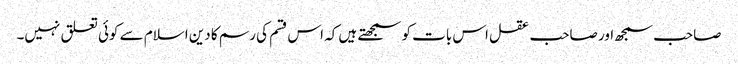
صاحب سمجھ اور صاحب عقل اس بات کو سمجھتے ہیں کہ اس قسم کی رسم کا دین اسلام سے کوئی تعلق نہیں۔